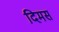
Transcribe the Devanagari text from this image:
दिमस